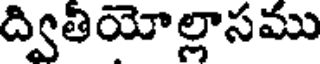
ద్వితియోల్లాసము